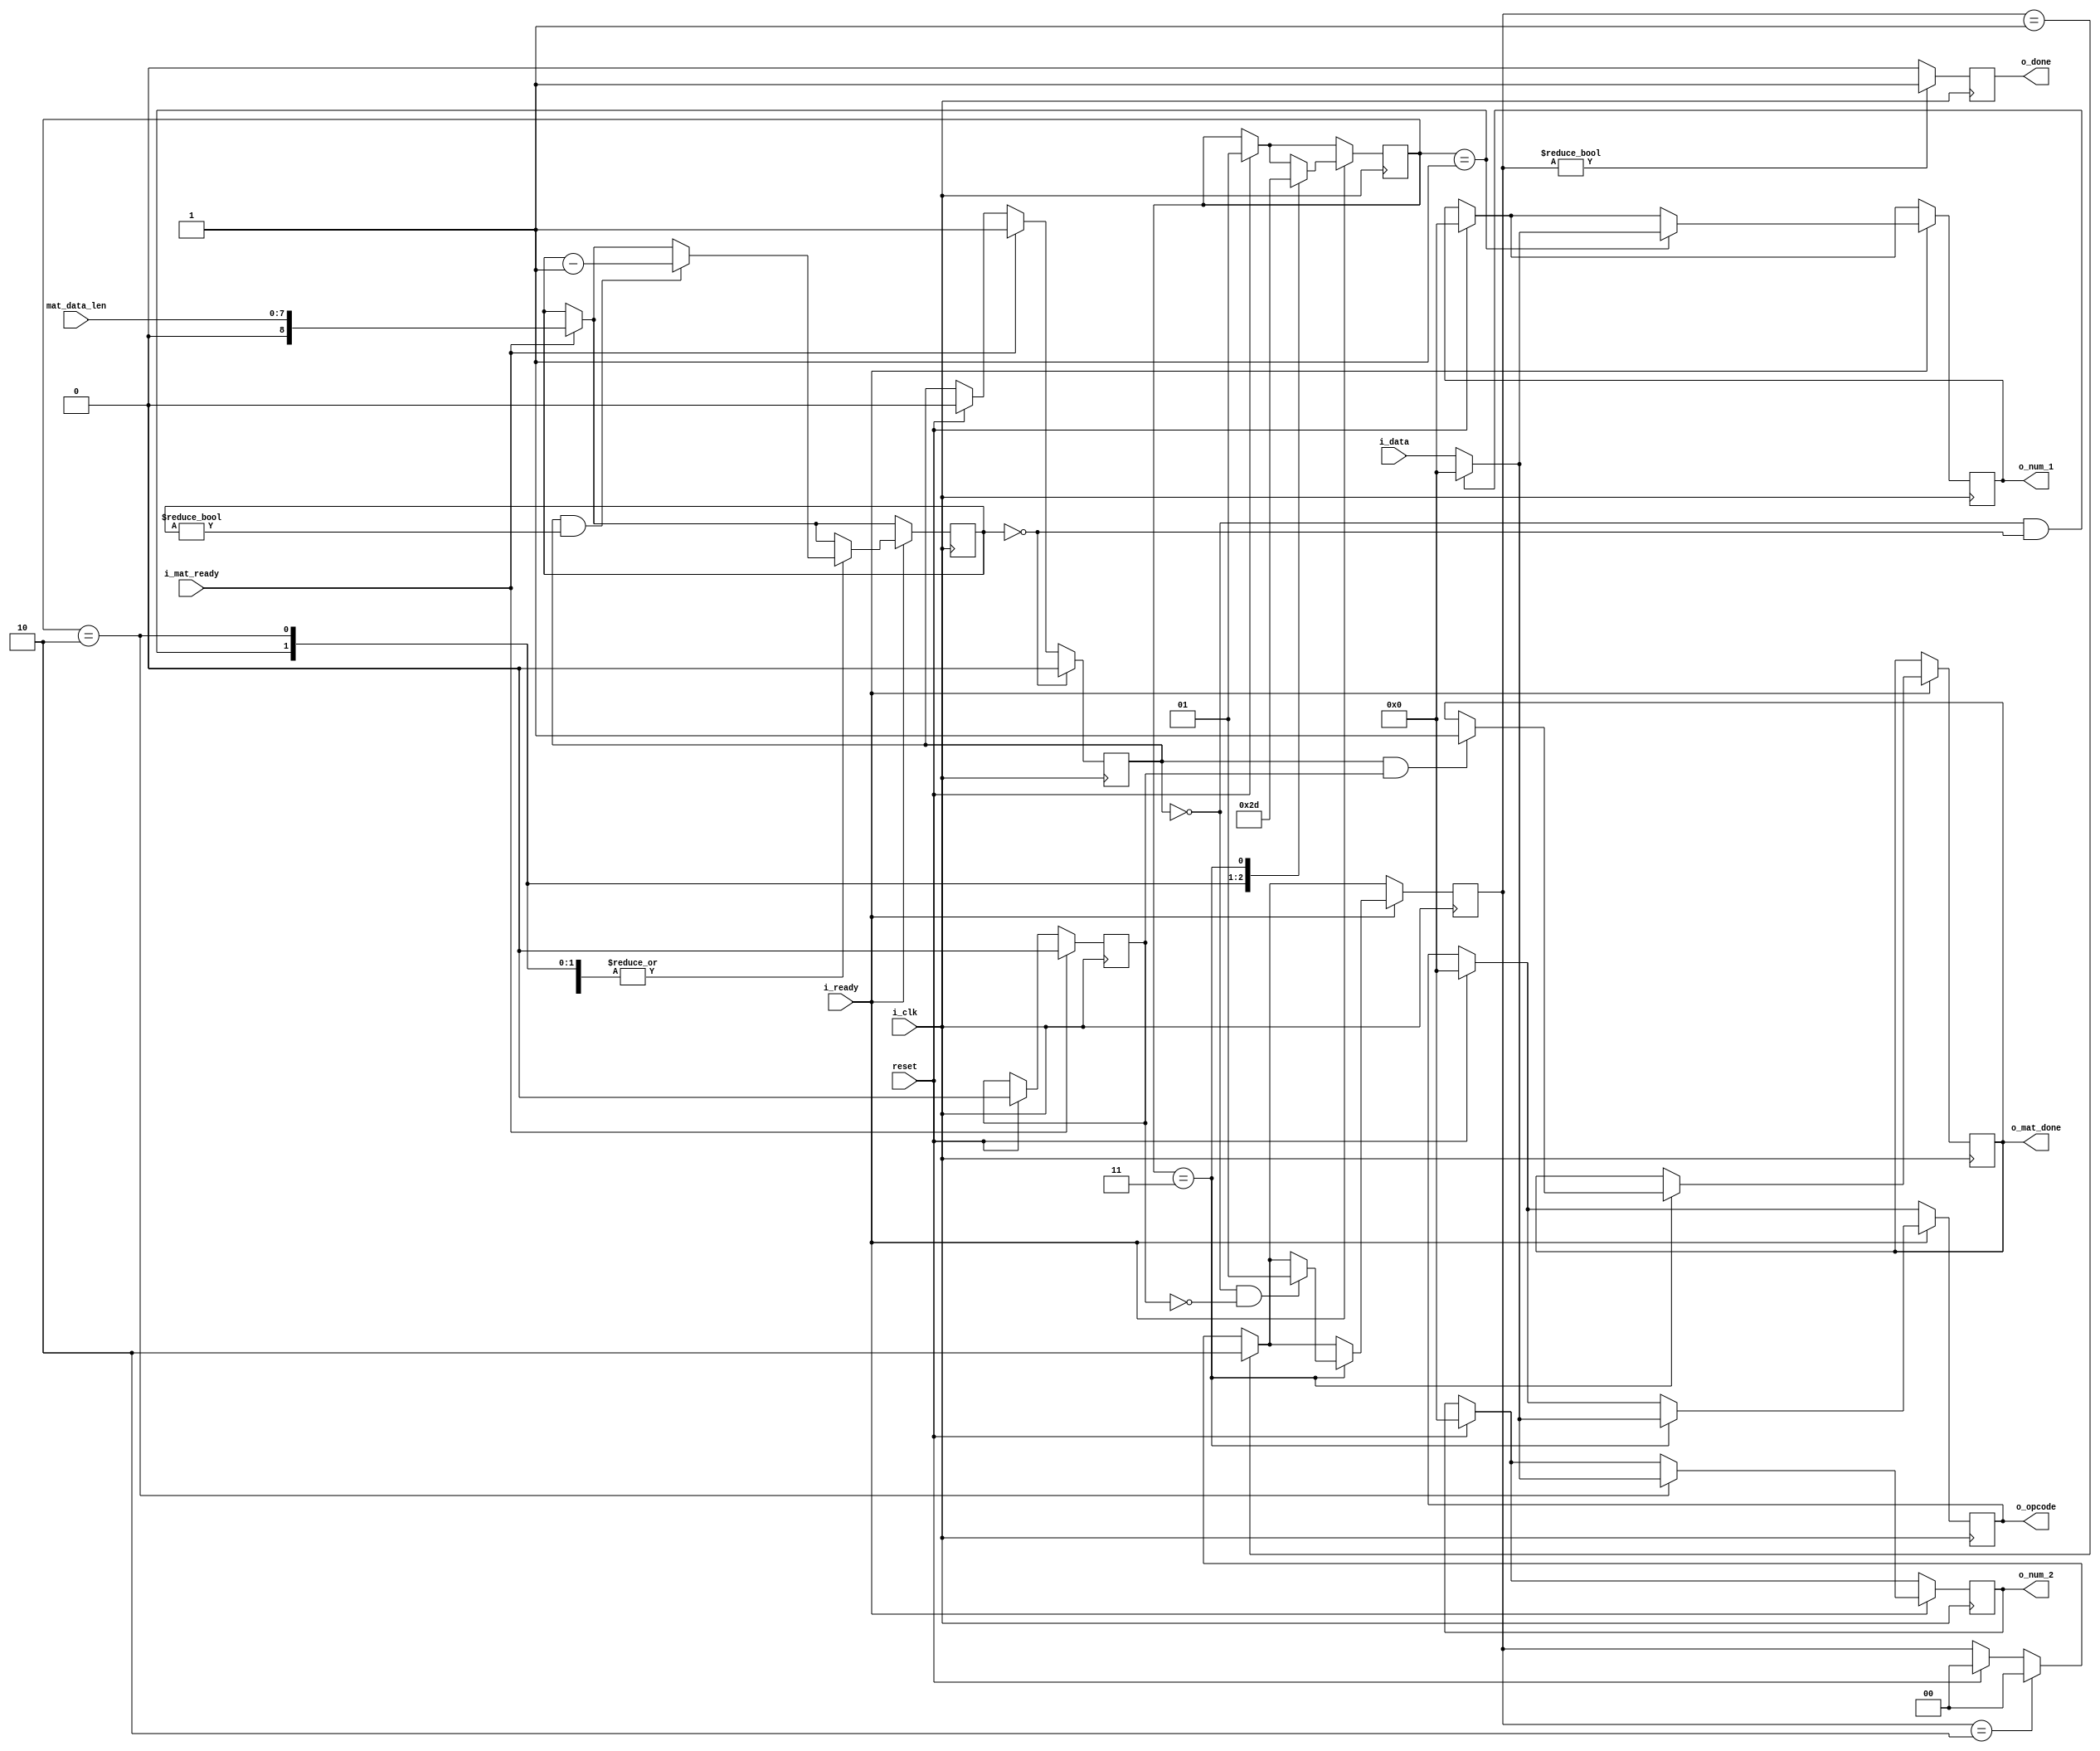
module DEMUX_TEST
(
   input i_clk,
	input i_ready,
	input i_mat_ready,
   input [7:0] i_data,
	input [7:0] mat_data_len,
   input reset,

	 
   output reg o_done,
	output reg o_mat_done,
   output reg [7:0] o_num_1,
	output reg [7:0] o_num_2,
   output reg [7:0] o_opcode
);

   reg [1:0] counter = 1;	
	reg [1:0] done = 0;
	reg [8:0] mat_counter = 0;
	
	reg mat_flag = 0;
	reg mat_finish_flag = 0;
	
	
	always @(posedge i_clk) begin
	
	
		if (reset == 1) begin 
			o_done <=   0;
			o_num_1 <=  0;
			o_num_2 <=  0;
			o_opcode <= 0;
			counter <=  1;
			done <=     0;
			mat_flag <= 0;
			mat_finish_flag <= 0;
		end
		
		
		
		
		if (i_mat_ready  == 1)begin 
			mat_counter <= mat_data_len; 
			mat_flag <= 1;
			mat_finish_flag <= 0;
		end
		
		if (mat_counter == 0) mat_flag <= 0;
		
		
	
	
		if (done == 2) done <= 0;
		if (done == 1) done <= 2;
        
		if (i_ready == 1) begin
			case (counter)
				1: begin
					if (mat_flag == 1 && mat_counter != 0) mat_counter <= mat_counter - 1;		
					if (mat_flag == 0 &&  mat_counter == 0) o_num_1 <= 0;						// use other special symbol (not "0")
					else o_num_1 <= i_data;
					counter <= 2;
				end
				2: begin
					if (mat_flag == 1 && mat_counter != 0) mat_counter <= mat_counter - 1;		
					if (mat_flag == 0 &&  mat_counter == 0) o_num_2 <= 0;						// use other special symbol (not "0")
					else o_num_2 <= i_data;
					counter <= 3;
				end
				3: begin
					if (mat_flag == 1 && mat_counter != 0) mat_counter <= mat_counter - 1;		
					if (mat_flag == 0 &&  mat_counter == 0) o_opcode <= 0;						// use other special symbol (not "0")
					else o_opcode <= i_data;
					counter <= 1;

					
					if (mat_flag == 0 && mat_finish_flag == 0) done <= 1;
					if (mat_flag == 1 && mat_finish_flag == 1) o_mat_done <= 1;
				end
			endcase
		end
		
		if (done != 0) o_done <= 1;
		else o_done <= 0;
	end
endmodule